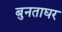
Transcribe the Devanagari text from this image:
बुनताघर